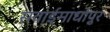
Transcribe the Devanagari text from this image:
सवाईमाधोपुर